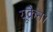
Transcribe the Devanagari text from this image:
यूक्रेन।